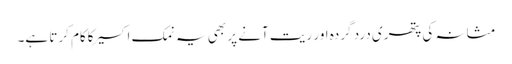
مثانہ کی پتھری درد گردہ اور ریت آنے پر بھی یہ نمک اکسیرکاکام کرتا ہے۔